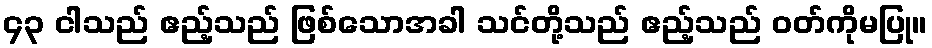
၄၃ ငါသည် ဧည့်သည် ဖြစ်သောအခါ သင်တို့သည် ဧည့်သည် ဝတ်ကိုမပြု။